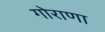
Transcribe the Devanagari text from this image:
गोराणा